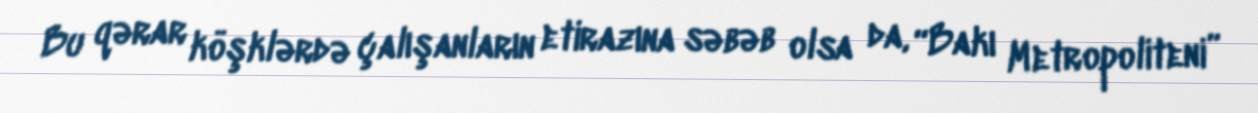
Bu qərar köşklərdə çalışanların etirazına səbəb olsa da, “Bakı Metropoliteni”